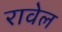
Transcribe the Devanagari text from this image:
रावेल